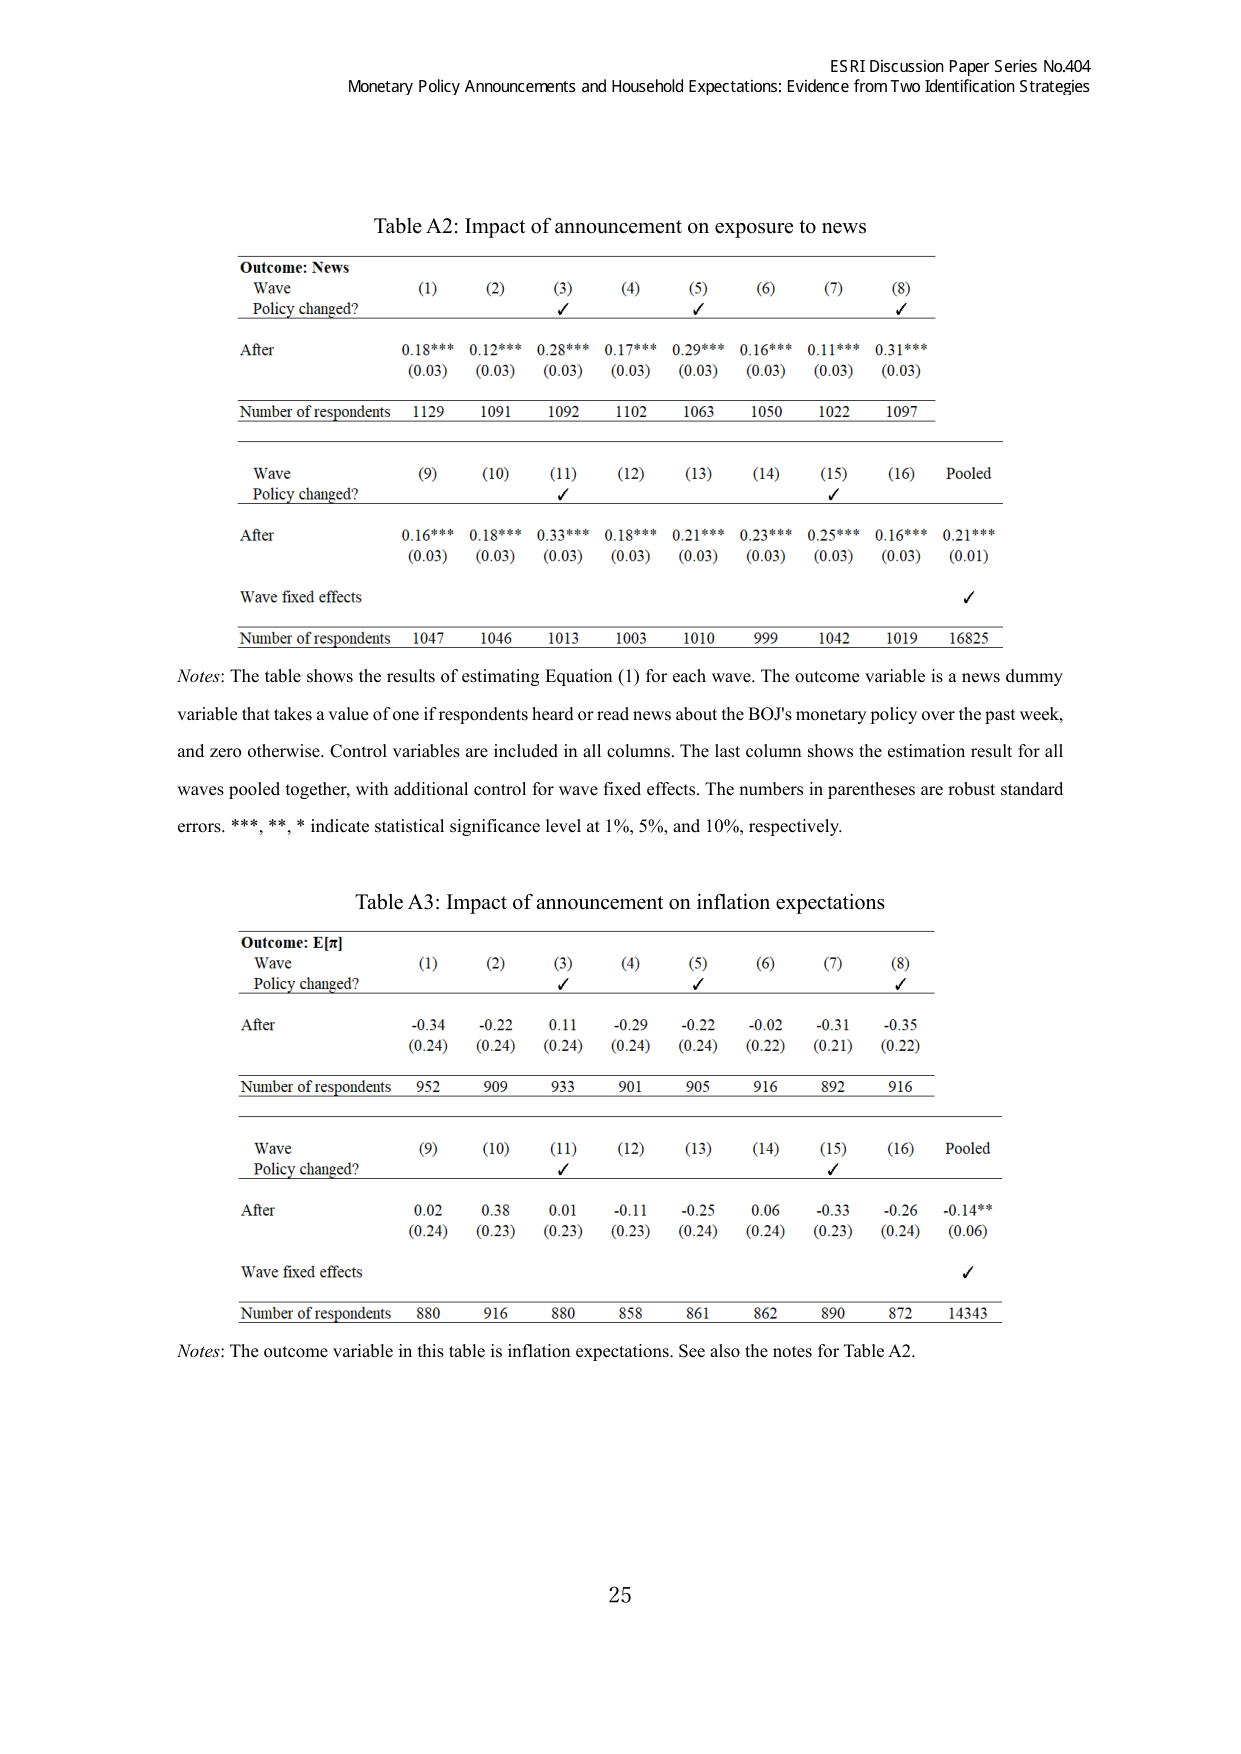
ESRI Discussion Paper Series No.404
Monetary Policy Announcements and Household Expectations: Evidence from Two Identification Strategies

Table A2: Impact of announcement on exposure to news

Outcome: News
Wave
Policy changed?
(1) (2) (3) (4) (5) (6) (7) (8)
✓ ✓ ✓

After
0.18*** 0.12*** 0.28*** 0.17*** 0.29*** 0.16*** 0.11*** 0.31***
(0.03) (0.03) (0.03) (0.03) (0.03) (0.03) (0.03) (0.03)

Number of respondents
1129 1091 1092 1102 1063 1050 1022 1097

Wave
Policy changed?
(9) (10) (11) (12) (13) (14) (15) (16) Pooled
✓ ✓ ✓

After
0.16*** 0.18*** 0.33*** 0.18*** 0.21*** 0.23*** 0.25*** 0.16*** 0.21***
(0.03) (0.03) (0.03) (0.03) (0.03) (0.03) (0.03) (0.03) (0.01)

Wave fixed effects
✓

Number of respondents
1047 1046 1013 1003 1010 999 1042 1019 16825

Notes: The table shows the results of estimating Equation (1) for each wave. The outcome variable is a news dummy variable that takes a value of one if respondents heard or read news about the BOJ’s monetary policy over the past week, and zero otherwise. Control variables are included in all columns. The last column shows the estimation result for all waves pooled together, with additional control for wave fixed effects. The numbers in parentheses are robust standard errors. ***, **, * indicate statistical significance level at 1%, 5%, and 10%, respectively.

Table A3: Impact of announcement on inflation expectations

Outcome: E[π]
Wave
Policy changed?
(1) (2) (3) (4) (5) (6) (7) (8)
✓ ✓ ✓

After
-0.34 -0.22 0.11 -0.29 -0.22 -0.02 -0.31 -0.35
(0.24) (0.24) (0.24) (0.24) (0.24) (0.22) (0.21) (0.22)

Number of respondents
952 909 933 901 905 916 892 916

Wave
Policy changed?
(9) (10) (11) (12) (13) (14) (15) (16) Pooled
✓ ✓ ✓

After
0.02 0.38 0.01 -0.11 -0.25 0.06 -0.33 -0.26 -0.14**
(0.24) (0.23) (0.23) (0.23) (0.24) (0.24) (0.23) (0.24) (0.06)

Wave fixed effects
✓

Number of respondents
880 916 880 858 861 862 890 872 14343

Notes: The outcome variable in this table is inflation expectations. See also the notes for Table A2.

25